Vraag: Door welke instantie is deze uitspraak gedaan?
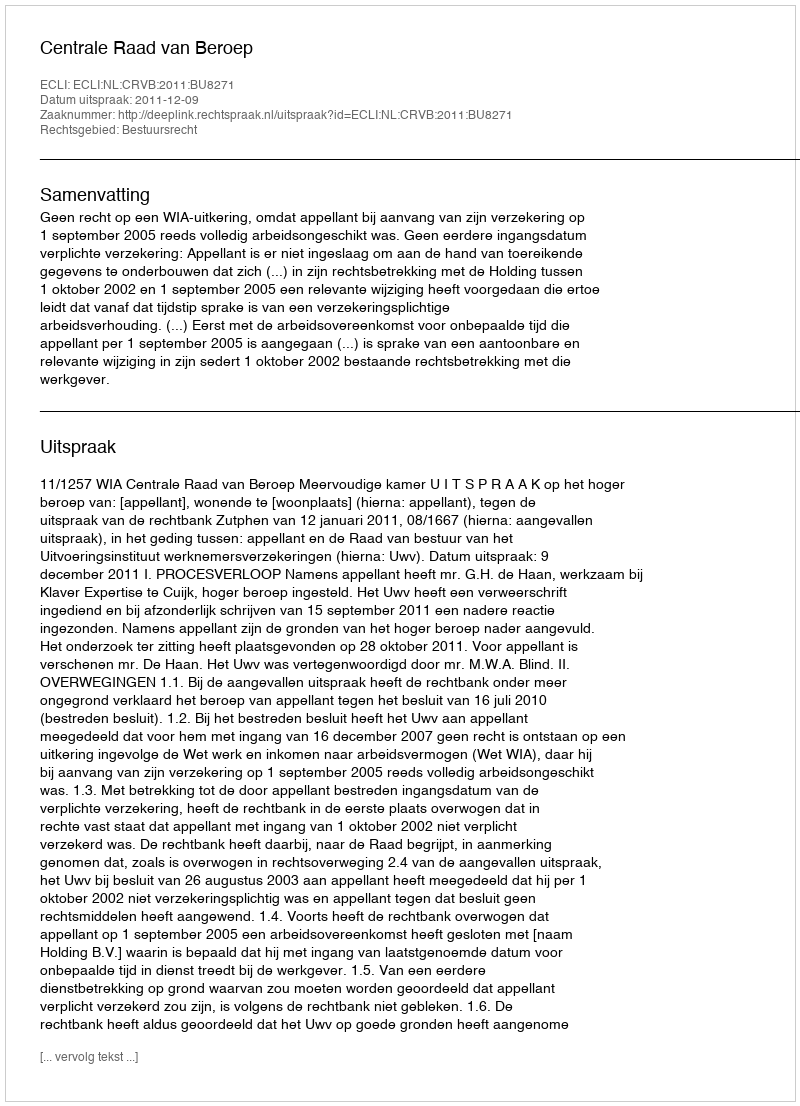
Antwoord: Centrale Raad van Beroep